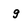
Character: g